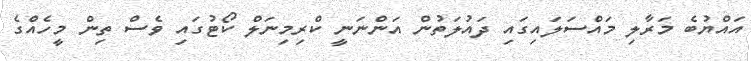
އައްޔުބެ މަރާލި މައްސަލައިގައި ދައުލަތުން އަންނަނީ ކްރިމިނަލް ކޯޓުގައި ވެސް ތިން މީހެއްގެ